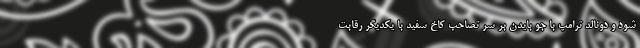
شود و دونالد ترامپ با جو بایدن بر سر تصاحب کاخ سفید با یکدیگر رقابت